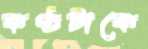
কণ্ঠটাকে